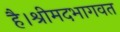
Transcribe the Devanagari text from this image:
है।श्रीमदभागवत